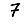
Digit: 7